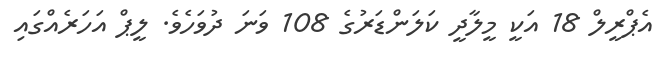
އެޕްރީލް 18 އަކީ މީލާދީ ކަލަންޑަރުގެ 108 ވަނަ ދުވަހެވެ. ލީޕް އަހަރެއްގައި